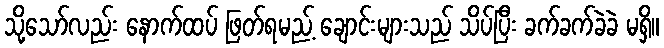
သို့သော်လည်း နောက်ထပ် ဖြတ်ရမည့် ချောင်းများသည် သိပ်ပြီး ခက်ခက်ခဲခဲ မရှိ။